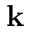
\mathbf { k }